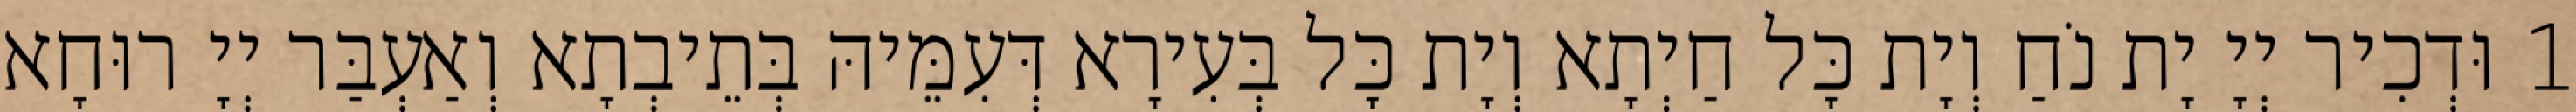
1 וּדְכִיר יְיָ יָת נֹחַ וְיָת כָּל חַיְתָא וְיָת כָּל בְּעִירָא דְּעִמֵּיהּ בְּתֵיבְתָא וְאַעְבַּר יְיָ רוּחָא